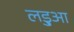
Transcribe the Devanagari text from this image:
लड़ुआ